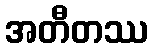
အတီတဿ